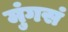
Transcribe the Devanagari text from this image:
मुंगसं